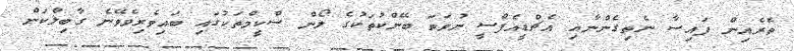
ތެރެއިން ފައިސާ ނެތިގެންނާއި އެޗްޑީއެފްސީ ނުވަތަ ބޭންކުތަކުގެ ލޯން ސްކީމްތަކުގައި ބައިވެރިވެވޭނެ ގާބިލްކަން